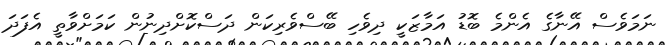
ނަމަވެސް އޭނާގެ އެންމެ ބޮޑު އަމާޒަކީ ދިވެހި ބޭސްވެރިިކަން ދަސްކޮށްދިނުން ކަމަށްވާތީ އެފަދަ